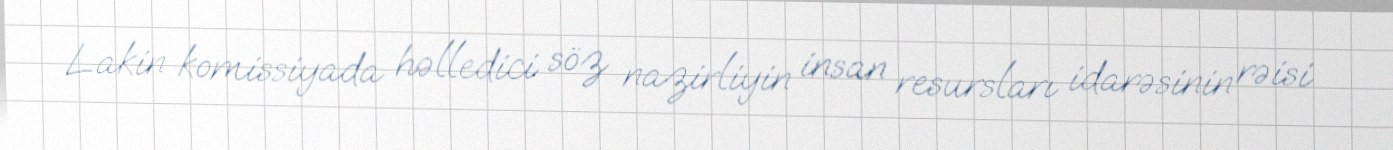
Lakin komissiyada həlledici söz nazirliyin insan resursları idarəsinin rəisi